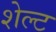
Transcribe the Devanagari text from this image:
शेल्ट